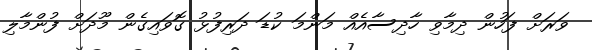
ވަރަށް ފަހުން ދިމާވި ހާދިސާއެއް މަންމަ ކުޑަ ދަރިފުޅު ގޮވައިގެން މޫދަށް ފުންމާލި